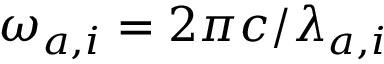
\omega _ { a , i } = 2 \pi c / \lambda _ { a , i }